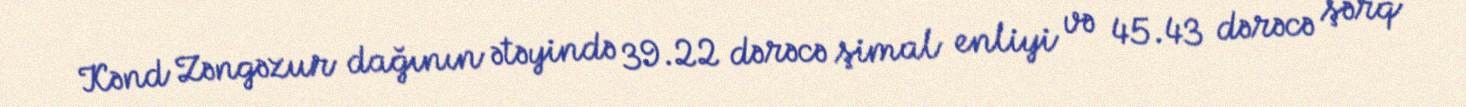
Kənd Zəngəzur dağının ətəyində 39.22 dərəcə şimal enliyi və 45.43 dərəcə şərq